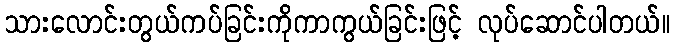
သားလောင်းတွယ်ကပ်ခြင်းကိုကာကွယ်ခြင်းဖြင့် လုပ်ဆောင်ပါတယ်။